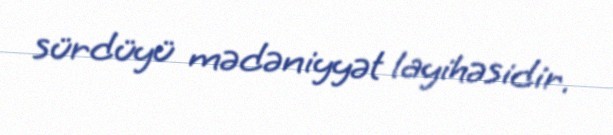
sürdüyü mədəniyyət layihəsidir.